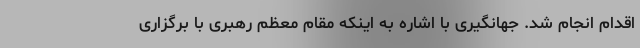
اقدام انجام شد. جهانگیری با اشاره به اینکه مقام معظم رهبری با برگزاری